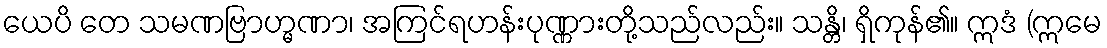
ယေပိ တေ သမဏဗြာဟ္မဏာ၊ အကြင်ရဟန်းပုဏ္ဏားတို့သည်လည်း။ သန္တိ၊ ရှိကုန်၏။ ဣဒံ (ဣမေ